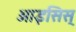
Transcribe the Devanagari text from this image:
आइसिस्